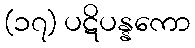
(၁၇) ပဋိပန္နကော